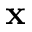
\mathbf { x }